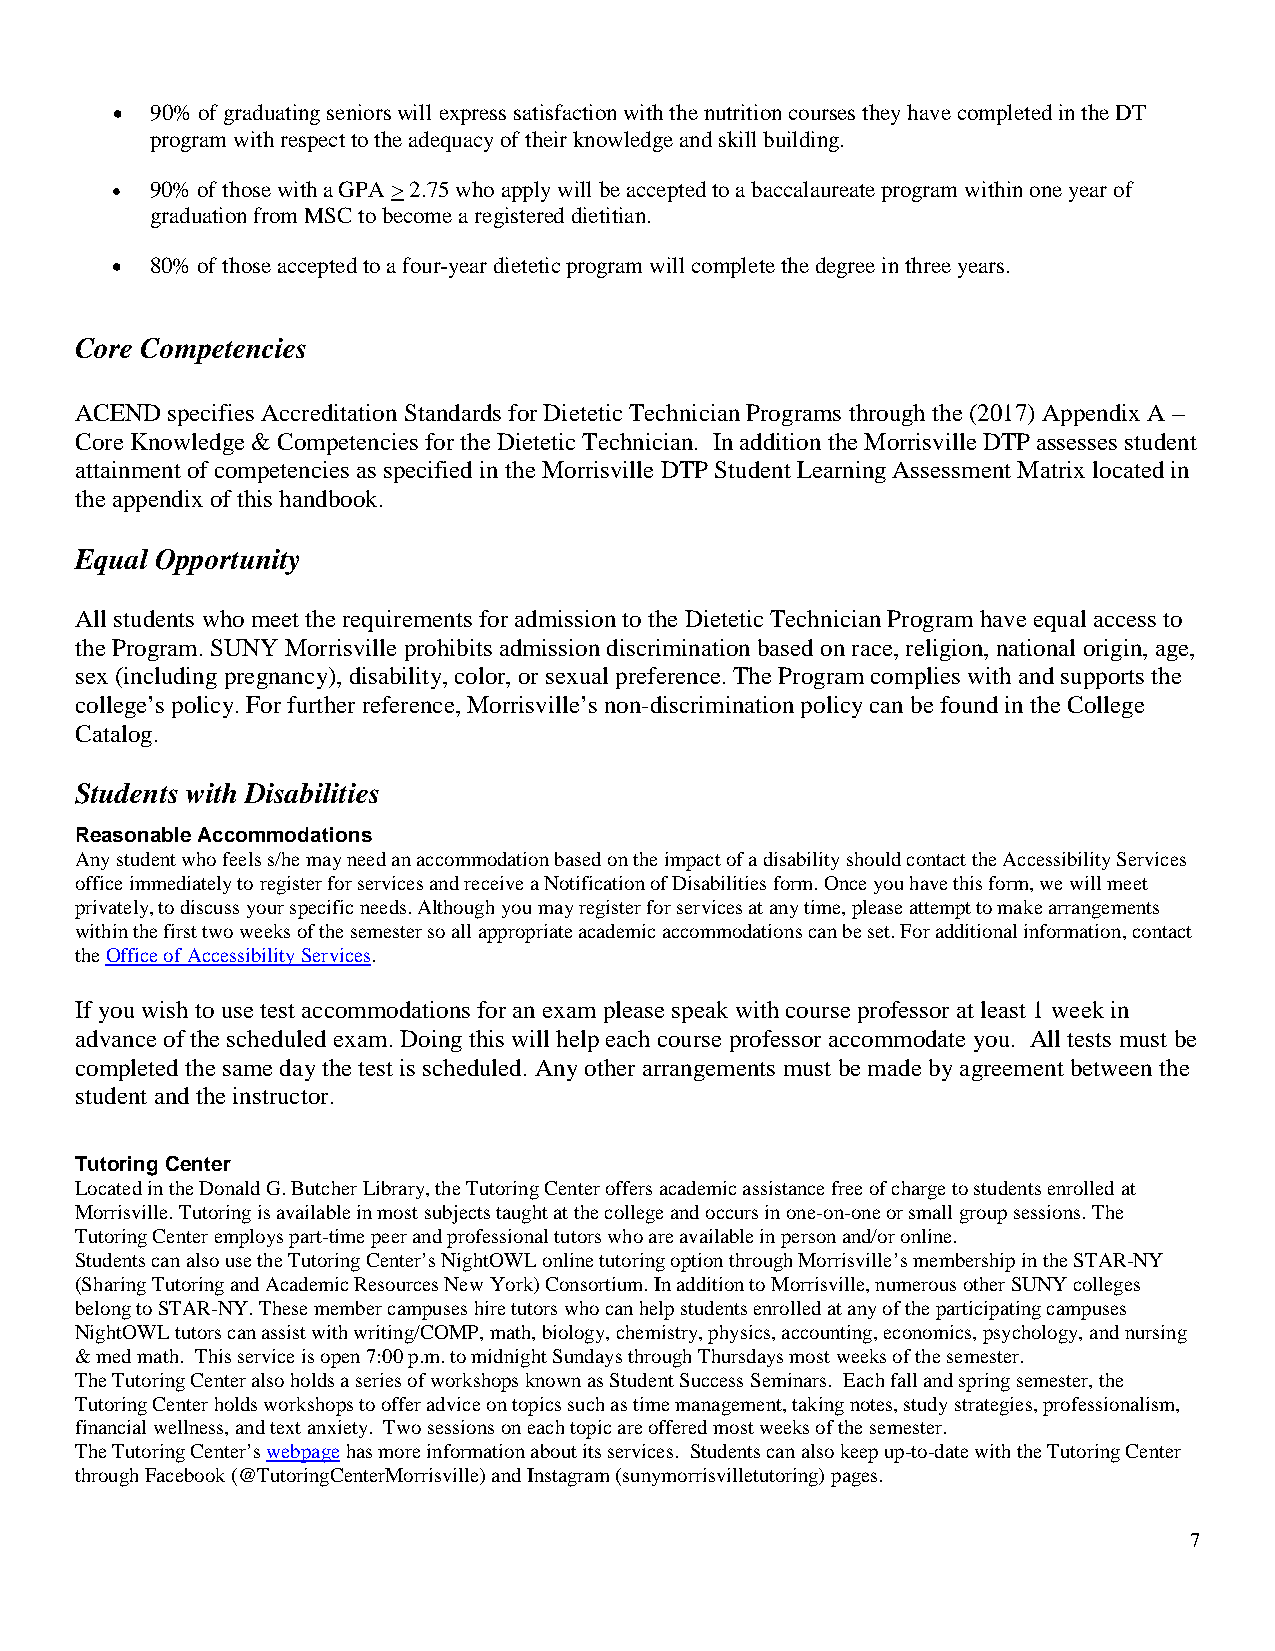
•  90% of graduating seniors will express satisfaction with the nutrition courses they have completed in the DT
 program with respect to the adequacy of their knowledge and skill building.
 •  90% of those with a GPA > 2.75 who apply will be accepted to a baccalaureate program within one year of
 graduation from MSC to become a registered dietitian.
 •  80% of those accepted to a four-year dietetic program will complete the degree in three years.
 Core Competencies
 ACEND specifies Accreditation Standards for Dietetic Technician Programs through the (2017) Appendix A –
 Core Knowledge & Competencies for the Dietetic Technician. In addition the Morrisville DTP assesses student
 attainment of competencies as specified in the Morrisville DTP Student Learning Assessment Matrix located in
 the appendix of this handbook.
 Equal Opportunity
 All students who meet the requirements for admission to the Dietetic Technician Program have equal access to
 the Program. SUNY Morrisville prohibits admission discrimination based on race, religion, national origin, age,
 sex (including pregnancy), disability, color, or sexual preference. The Program complies with and supports the
 college’s policy. For further reference, Morrisville’s non-discrimination policy can be found in the College
 Catalog.
 Students with Disabilities
 Reasonable Accommodations
 Any student who feels s/he may need an accommodation based on the impact of a disability should contact the Accessibility Services
 office immediately to register for services and receive a Notification of Disabilities form. Once you have this form, we will meet
 privately, to discuss your specific needs. Although you may register for services at any time, please attempt to make arrangements
 within the first two weeks of the semester so all appropriate academic accommodations can be set. For additional information, contact
 the Office of Accessibility Services.
 If you wish to use test accommodations for an exam please speak with course professor at least 1 week in
 advance of the scheduled exam. Doing this will help each course professor accommodate you. All tests must be
 completed the same day the test is scheduled. Any other arrangements must be made by agreement between the
 student and the instructor.
 Tutoring Center
 Located in the Donald G. Butcher Library, the Tutoring Center offers academic assistance free of charge to students enrolled at
 Morrisville. Tutoring is available in most subjects taught at the college and occurs in one-on-one or small group sessions. The
 Tutoring Center employs part-time peer and professional tutors who are available in person and/or online.
 Students can also use the Tutoring Center’s NightOWL online tutoring option through Morrisville’s membership in the STAR-NY
 (Sharing Tutoring and Academic Resources New York) Consortium. In addition to Morrisville, numerous other SUNY colleges
 belong to STAR-NY. These member campuses hire tutors who can help students enrolled at any of the participating campuses
 NightOWL tutors can assist with writing/COMP, math, biology, chemistry, physics, accounting, economics, psychology, and nursing
 & med math. This service is open 7:00 p.m. to midnight Sundays through Thursdays most weeks of the semester.
 The Tutoring Center also holds a series of workshops known as Student Success Seminars. Each fall and spring semester, the
 Tutoring Center holds workshops to offer advice on topics such as time management, taking notes, study strategies, professionalism,
 financial wellness, and text anxiety. Two sessions on each topic are offered most weeks of the semester.
 The Tutoring Center’s webpage has more information about its services. Students can also keep up-to-date with the Tutoring Center
 through Facebook (@TutoringCenterMorrisville) and Instagram (sunymorrisvilletutoring) pages.
 7